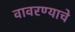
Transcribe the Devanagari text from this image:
वावरण्याचे